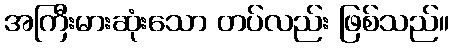
အကြီးမားဆုံးသော တပ်လည်း ဖြစ်သည်။